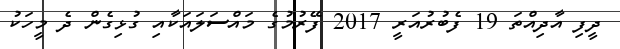
ދީފި އާދިއްތަ 19 ފެބުރުއަރީ 2017 ފޭރުމުގެ މައްސަލައަކާއި ގުޅިގެން ދެ މީހަކު